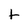
Character: t